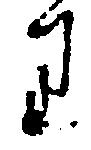
り